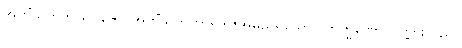
အဟိံသကဘာရဒွါဇော၊ အဟိံသကဘာရဒွါဇအမည်ရှိသော။ ဗြာဟ္မဏော၊ ပုဏ္ဏားသည်။